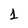
Character: 1